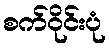
စက်ဝိုင်းပုံ